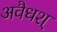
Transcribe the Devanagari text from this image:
अवैधश्